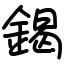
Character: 鍻